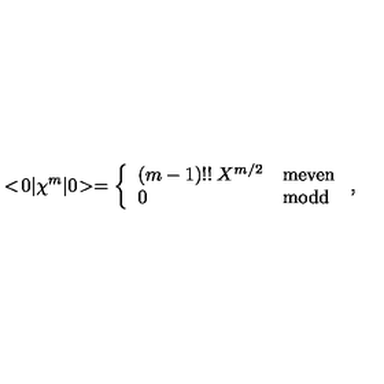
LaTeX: < \! 0 | \chi ^ { m } | 0 \! > = \left\{ \begin{array} { l l } { ( m - 1 ) ! ! \: X ^ { m / 2 } } & { \mathrm { m e v e n } } \\ { 0 } & { \mathrm { m o d d } } \\ \end{array} \right. ,